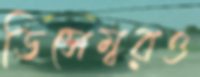
ডিসেম্বরও